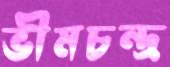
ভীমচন্দ্র